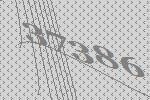
37386